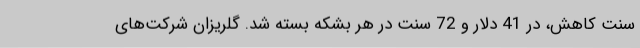
سنت کاهش، در 41 دلار و 72 سنت در هر بشکه بسته شد. گلریزان شرکت‌های